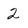
Character: 2